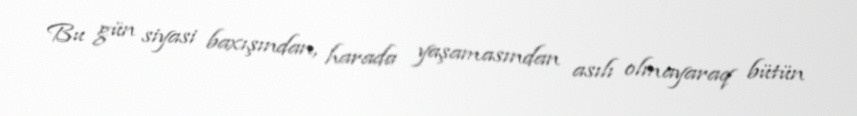
Bu gün siyasi baxışından, harada yaşamasından asılı olmayaraq bütün